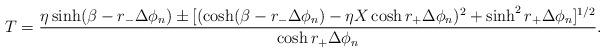
LaTeX: \begin{align*}T = { \eta \sinh(\beta - r_- \Delta \phi_n) \pm [( \cosh (\beta - r_-\Delta \phi_n) - \eta X \cosh r_+ \Delta \phi_n)^2 + \sinh^2r_+ \Delta \phi_n]^{1/2}\over \cosh r_+ \Delta \phi_n}.\end{align*}